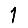
Digit: 1